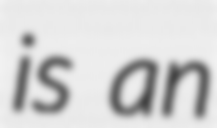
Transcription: is an